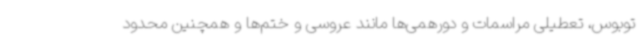
توبوس، تعطیلی مراسمات و دورهمی‌ها مانند عروسی و ختم‌ها و همچنین محدود